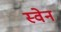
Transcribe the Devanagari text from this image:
स्‍वेन